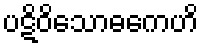
ပဋိဝိသောဓကေဟိ